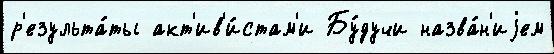
р'езульта́ты акт'ив'и́стам'и Бу́дучи назва́н'иjем